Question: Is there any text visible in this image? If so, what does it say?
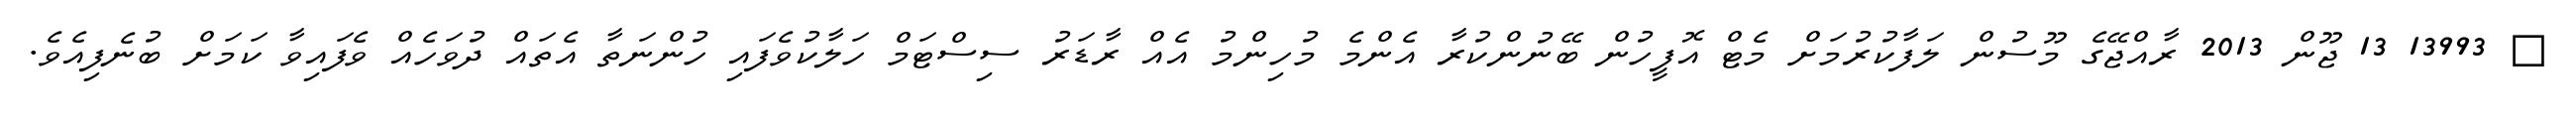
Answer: ? 13993 13 ޖޫން 2013 ރާއްޖޭގެ މޫސުން ލަފާކުރުމަށް މެޓް އޮފީހުން ބޭނުންކުރާ އެންމެ މުހިންމު އެއް ރާޑަރު ސިސްޓަމް ހަލާކުވެފައި ހުންނަތާ އެތައް ދުވަހެއް ވެފައިވާ ކަމަށް ބުނެފިއެވެ.